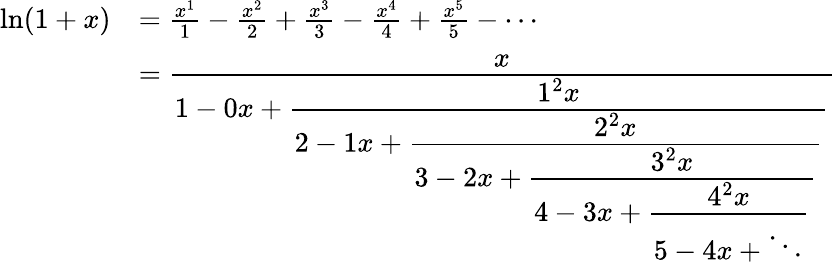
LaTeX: {\begin{array}{rl}{\ln(1+x)}&{={\frac{x^{1}}{1}}-{\frac{x^{2}}{2}}+{\frac{x^{3}}{3}}-{\frac{x^{4}}{4}}+{\frac{x^{5}}{5}}-\cdots}\\ &{={\cfrac{x}{1-0x+{\cfrac{1^{2}x}{2-1x+{\cfrac{2^{2}x}{3-2x+{\cfrac{3^{2}x}{4-3x+{\cfrac{4^{2}x}{5-4x+\ddots}}}}}}}}}}}\end{array}}